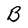
Character: B